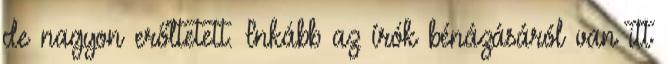
de nagyon erőltetett. Inkább az írók bénázásáról van itt